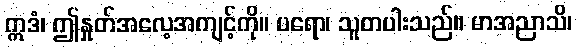
ဣဒံ၊ ဤနှုတ်အလေ့အကျင့်ကို။ ပရော၊ သူတပါးသည်။ မာအညာသိ၊